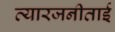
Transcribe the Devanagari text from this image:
त्यारजनीताई